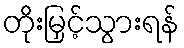
တိုးမြှင့်သွားရန်